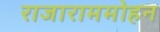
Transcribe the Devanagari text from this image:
राजाराममोहन